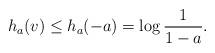
LaTeX: \begin{align*} h_a(v) \leq h_a(-a) = \log\frac1{1 - a}. \end{align*}